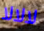
لالالا